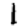
Digit: 1